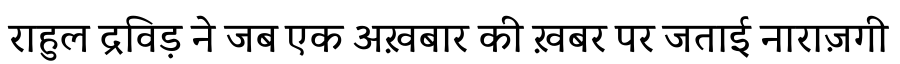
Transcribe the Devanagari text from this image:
राहुल द्रविड़ ने जब एक अख़बार की ख़बर पर जताई नाराज़गी